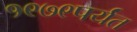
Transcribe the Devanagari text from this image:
१९७९पर्यंत